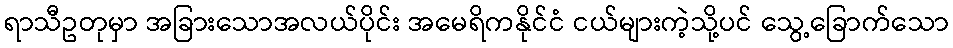
ရာသီဥတုမှာ အခြားသောအလယ်ပိုင်း အမေရိကနိုင်ငံ ငယ်များကဲ့သို့ပင် သွေ့ခြောက်သော